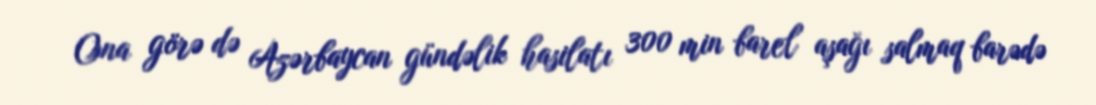
Ona görə də Azərbaycan gündəlik hasilatı 300 min barel aşağı salmaq barədə